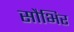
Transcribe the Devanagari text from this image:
सौभिर